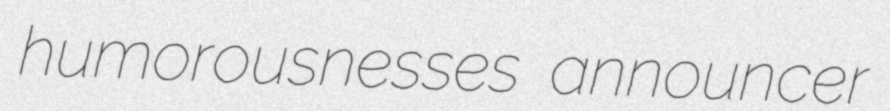
humorousnesses announcer